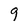
Character: 9